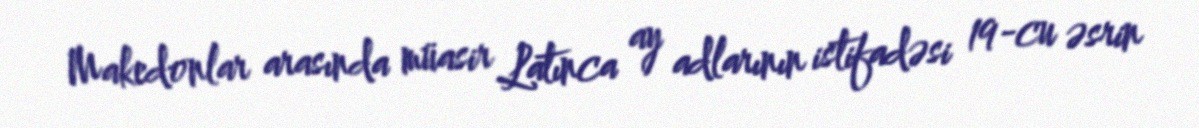
Makedonlar arasında müasir Latınca ay adlarının istifadəsi 19-cu əsrin